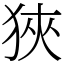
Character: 狹